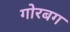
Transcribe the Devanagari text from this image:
गोरबग